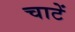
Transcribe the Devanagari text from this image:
चाटें